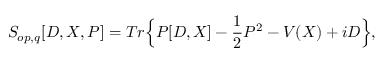
S _ { o p , q } [ D , X , P ] = T r \Big \{ P [ D , X ] - \frac { 1 } { 2 } P ^ { 2 } - V ( X ) + i D \Big \} ,